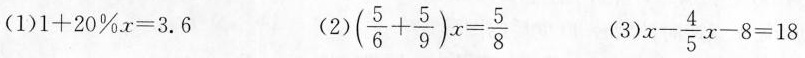
(1)1+20%x=3.6 (2)$$(\frac{5}{6}+ \frac{5}{9})x=\frac{5}{8}$$ (3)$$x-\frac{4}{5}x-8=18$$